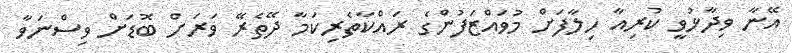
އޭނާ ވިދާޅުވީ ކުރިއާ ހިލާފަށް މުވައްޒަފުންގެ ރައްކާތެރިކަމާ ދޭތެރޭ ވަރަށް ބޮޑަށް ވިސްނަވާ